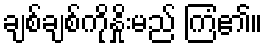
ချစ်ချစ်ကိုနှိုးမည် ကြံ၏။